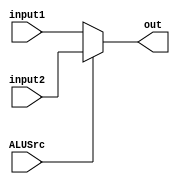
module ALUMux(
  input [3:0] input1,
  input [3:0] input2,
  input ALUSrc,
  output reg [3:0] out);

  always @(input1, input2, ALUSrc, out) begin

    if (ALUSrc == 0) begin
      out = input1;
    end

    else begin
      out = input2;
    end
  end
endmodule